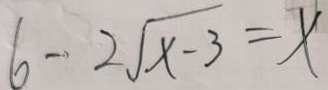
6 - 2 \sqrt { x - 3 } = x